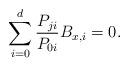
LaTeX: \begin{align*}\sum_{i=0}^d \frac{P_{ji}}{P_{0i}} B_{x,i}=0.\end{align*}